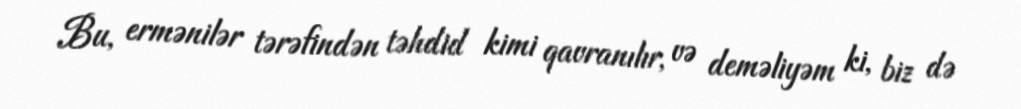
Bu, ermənilər tərəfindən təhdid kimi qavranılır, və deməliyəm ki, biz də